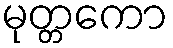
မုတ္တကော